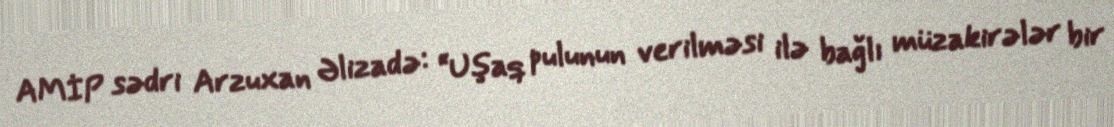
AMİP sədri Arzuxan Əlizadə: “Uşaq pulunun verilməsi ilə bağlı müzakirələr bir